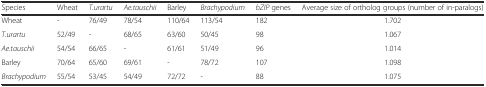
| Species | Wheat | T.urartu | Ae.tauschii | Barley | Brachypodium | bZIP genes | Average size of ortholog groups (number of in-paralogs) |
 | --- | --- | --- | --- | --- | --- | --- | --- |
 | Wheat | - | 76/49 | 78/54 | 110/64 | 113/54 | 182 | 1.702 |
 | T.urartu | 52/49 | - | 68/65 | 63/60 | 50/45 | 98 | 1.067 |
 | Ae.tauschii | 54/54 | 66/65 | - | 61/61 | 51/49 | 96 | 1.014 |
 | Barley | 70/64 | 65/60 | 69/61 | - | 78/72 | 107 | 1.098 |
 | Brachypodium | 55/54 | 53/45 | 54/49 | 72/72 | - | 88 | 1.075 |